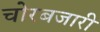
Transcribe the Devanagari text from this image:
चोरबजारी